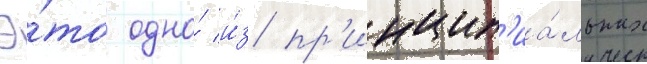
Э́то одно́ и́з пр'инцип'иа́льных